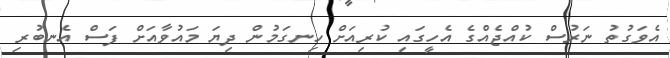
އެވަގުތު ނަރުސް ކުއްޖެއްގެ އެހީގައި ކުރިއަށް ހިނގަމުން ދިޔަ މައުވާއަށް ފަސް އެނބުރި